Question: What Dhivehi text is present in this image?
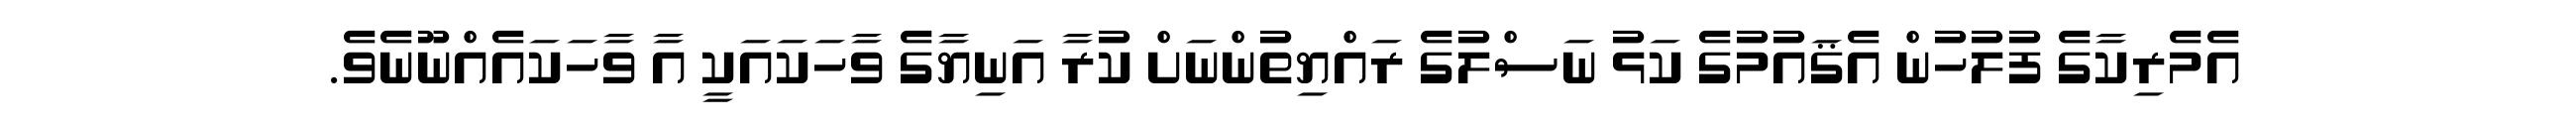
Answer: އެމެރިކާގެ ފުލުހުން އެޤައުމުގެ ކަޅު ނަސްލުގެ ރައްޔިތުންނަށް ކުރާ އަނިޔާގެ ވާހަކައަކީ އާ ވާހަކައެއްނޫނެވެ.